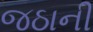
જઠાની